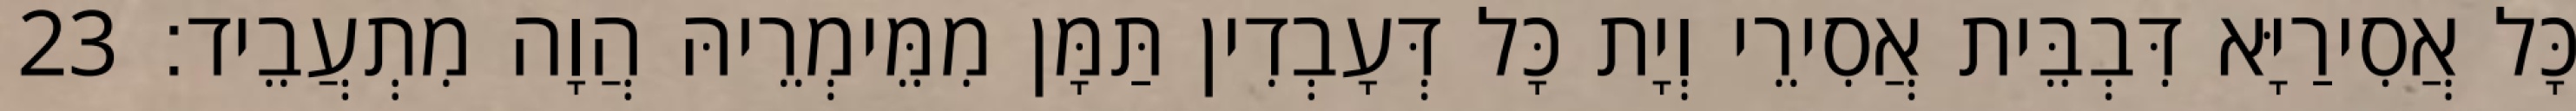
כָּל אֲסִירַיָּא דִּבְבֵּית אֲסִירֵי וְיָת כָּל דְּעָבְדִין תַּמָּן מִמֵּימְרֵיהּ הֲוָה מִתְעֲבֵיד׃ 23